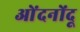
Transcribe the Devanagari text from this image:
ओंदनोंदू